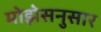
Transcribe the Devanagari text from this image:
मोझेसनुसार